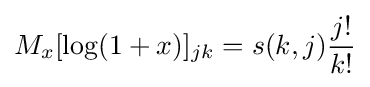
M_{x}[\log(1+x)]_{jk}=s(k,j){\frac {j!}{k!}}